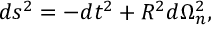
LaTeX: d s ^ { 2 } = - d t ^ { 2 } + R ^ { 2 } d \Omega _ { n } ^ { 2 } ,